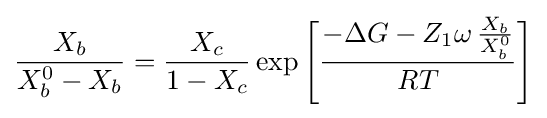
{\frac {X_{b}}{X_{b}^{0}-X_{b}}}={\frac {X_{c}}{1-X_{c}}}\exp \left[{\frac {-\Delta G-Z_{1}\omega \,{\frac {X_{b}}{X_{b}^{0}}}}{RT}}\right]